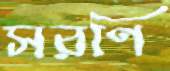
সরণি